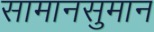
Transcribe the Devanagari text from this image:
सामानसुमान